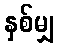
နှစ်မျှ